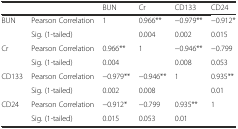
<table><thead><tr><td></td><td></td><td><b>BUN</b></td><td><b>Cr</b></td><td><b>CD133</b></td><td><b>CD24</b></td></tr></thead><tbody><tr><td rowspan="2">BUN</td><td>Pearson Correlation</td><td>1</td><td>0.966**</td><td>−0.979**</td><td>−0.912*</td></tr><tr><td>Sig. (1-tailed)</td><td></td><td>0.004</td><td>0.002</td><td>0.015</td></tr><tr><td rowspan="2">Cr</td><td>Pearson Correlation</td><td>0.966**</td><td>1</td><td>−0.946**</td><td>−0.799</td></tr><tr><td>Sig. (1-tailed)</td><td>0.004</td><td></td><td>0.008</td><td>0.053</td></tr><tr><td rowspan="2">CD133</td><td>Pearson Correlation</td><td>−0.979**</td><td>−0.946**</td><td>1</td><td>0.935**</td></tr><tr><td>Sig. (1-tailed)</td><td>0.002</td><td>0.008</td><td></td><td>0.01</td></tr><tr><td rowspan="2">CD24</td><td>Pearson Correlation</td><td>−0.912*</td><td>−0.799</td><td>0.935**</td><td>1</td></tr><tr><td>Sig. (1-tailed)</td><td>0.015</td><td>0.053</td><td>0.01</td><td></td></tr></tbody></table>